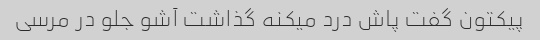
پیکتون گفت پاش درد میکنه گذاشت آشو جلو در مرسی